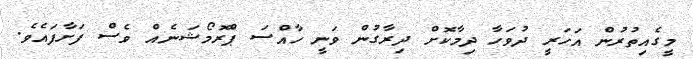
މީގެއިތުރުން އަހަރީ ދުވަހާ ދިމާކޮށް ދިރާގުން ވަނީ ހާއްސަ ޕްރޮމޯޝަނެއް ވެސް ފަށާފައެވެ.